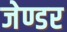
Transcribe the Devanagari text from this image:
जेण्डर